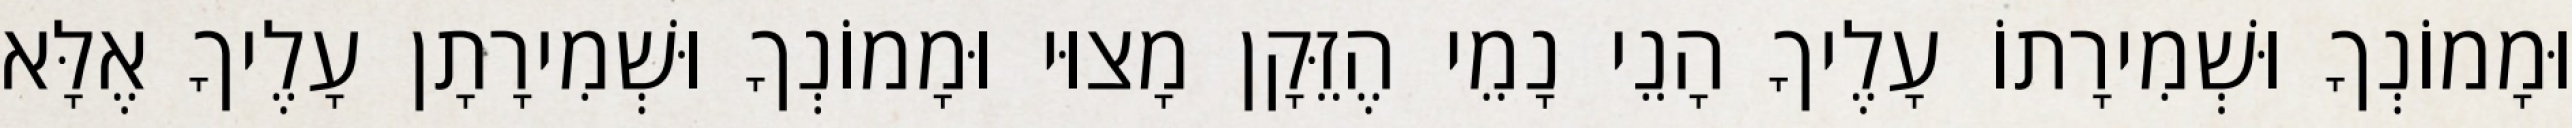
וּמָמוֹנְךָ וּשְׁמִירָתוֹ עָלֶיךָ הָנֵי נָמֵי הֶזֵּקָן מָצוּי וּמָמוֹנְךָ וּשְׁמִירָתָן עָלֶיךָ אֶלָּא